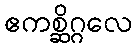
ဧကစ္ဆိဂ္ဂလေ